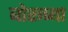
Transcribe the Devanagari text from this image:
बोरूच्या